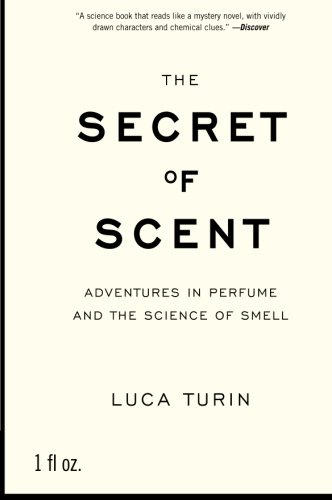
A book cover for The Secret of Scent: Adventures in Perfume and the Science of Smell; Luca Turin; Science & Math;